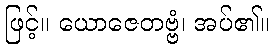
ဖြင့်။ ယောဇေတဗ္ဗံ၊ အပ်၏။